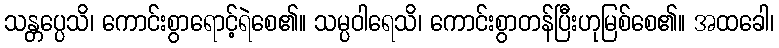
သန္တပ္ပေသိ၊ ကောင်းစွာရောင့်ရဲစေ၏။ သမ္ပဝါရေသိ၊ ကောင်းစွာတန်ပြီးဟုမြစ်စေ၏။ အထခေါ၊